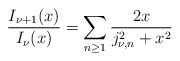
\begin{align*}\frac{I_{\nu+1}(x)}{I_{\nu}(x)}=\sum_{n\geq 1}\frac{2x}{j_{\nu,n}^2+x^2}\end{align*}